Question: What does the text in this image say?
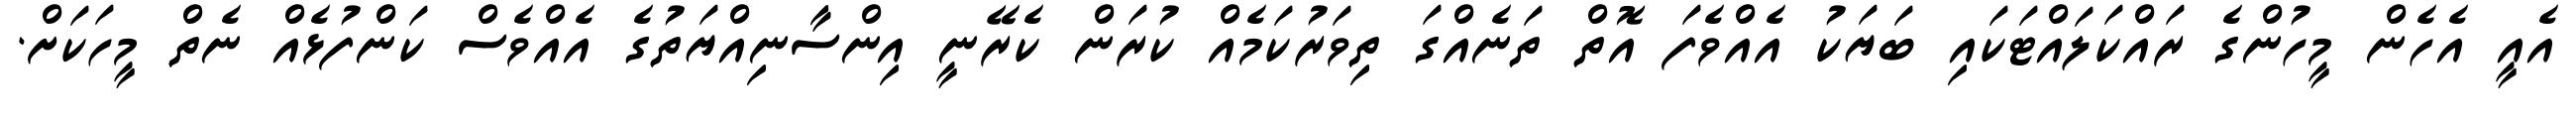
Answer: އެއީ އެހެން މީހުންގެ ރައްކަލައްޓަކައި ބަޔަކު އެއްވެފަ އޮތް ތަނެއްގަ ތިވަރުކަމެއް ކުރަން ކެރޭނީ އިންސާނިއްޔަތުގެ އެއްވެސް ކަންފުޅެއް ނެތް މީހަކަށް.